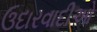
ઉદારવાદીઓ